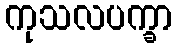
ကုသလပက္ခာ